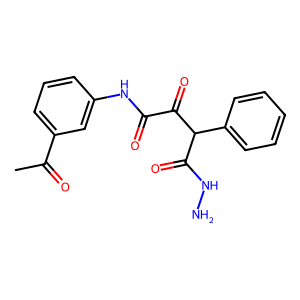
SMILES: CC(=O)c1cccc(NC(=O)C(=O)C(C(=O)NN)c2ccccc2)c1
Inhibits HIV replication: No